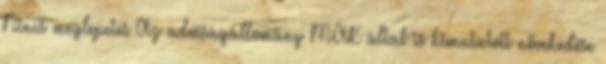
Nincs meglepetés Az adósságállomány MÁK által is kimutatott növekedése